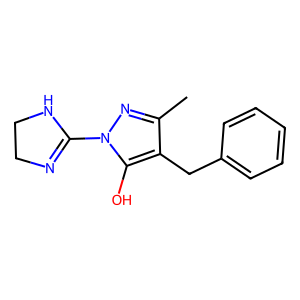
SMILES: Cc1nn(C2=NCCN2)c(O)c1Cc1ccccc1
Inhibits HIV replication: No